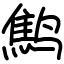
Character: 鹪